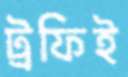
ট্রফিই